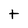
Character: t